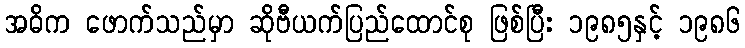
အဓိက ဖောက်သည်မှာ ဆိုဗီယက်ပြည်ထောင်စု ဖြစ်ပြီး ၁၉၈၅နှင့် ၁၉၈၆